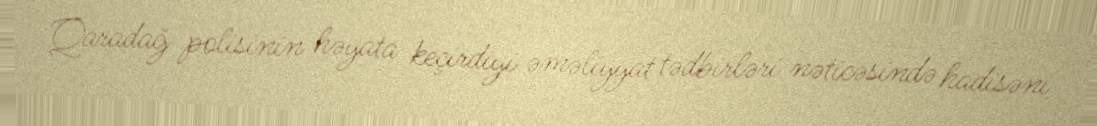
Qaradağ polisinin həyata keçirdiyi əməliyyat tədbirləri nəticəsində hadisəni